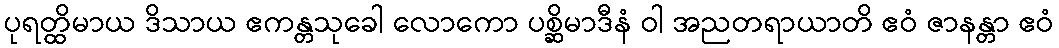
ပုရတ္ထိမာယ ဒိသာယ ဧကန္တသုခေါ လောကော ပစ္ဆိမာဒီနံ ဝါ အညတရာယာတိ ဧဝံ ဇာနန္တာ ဧဝံ